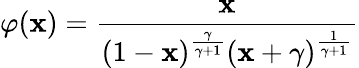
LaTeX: \varphi(\mathbf{x})=\frac{{\mathbf{x}}}{{(1-\mathbf{x})^{\frac{{\gamma}}{{\gamma+1}}}(\mathbf{x}+\gamma)^{\frac{{1}}{{\gamma+1}}}}}